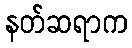
နတ်ဆရာက